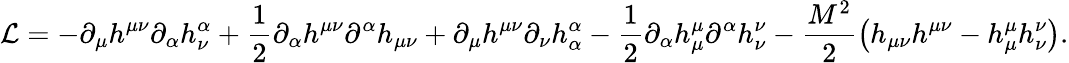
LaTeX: {\cal L}=-\partial_{\mu}h^{\mu\nu}\partial_{\alpha}h_{\nu}^{\alpha}+\frac{1}{2}\partial_{\alpha}h^{\mu\nu}\partial^{\alpha}h_{\mu\nu}+\partial_{\mu}h^{\mu\nu}\partial_{\nu}h_{\alpha}^{\alpha}-\frac{1}{2}\partial_{\alpha}h_{\mu}^{\mu}\partial^{\alpha}h_{\nu}^{\nu}-\frac{M^{2}}{2}\left(h_{\mu\nu}h^{\mu\nu}-h_{\mu}^{\mu}h_{\nu}^{\nu}\right).